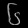
Digit: ၆